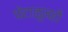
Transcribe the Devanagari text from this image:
फेटाळूनही